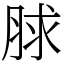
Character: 脙